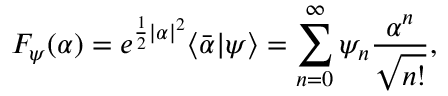
F _ { \psi } ( \alpha ) = e ^ { \frac { 1 } { 2 } | \alpha | ^ { 2 } } \langle \bar { \alpha } | \psi \rangle = \sum _ { n = 0 } ^ { \infty } \psi _ { n } \frac { \alpha ^ { n } } { \sqrt { n ! } } ,